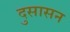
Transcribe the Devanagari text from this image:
दुसासन